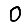
Digit: 0